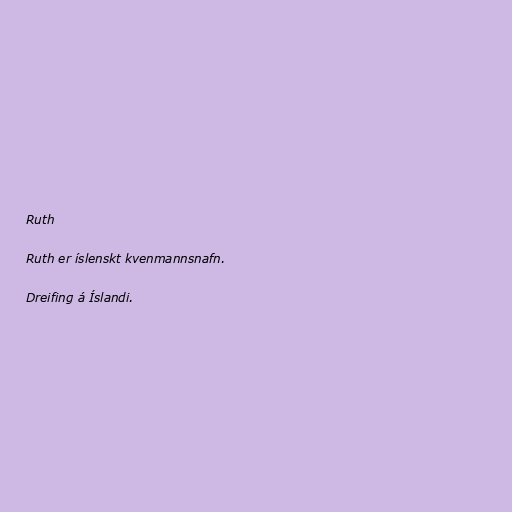
Ruth

Ruth er íslenskt kvenmannsnafn.

Dreifing á Íslandi.